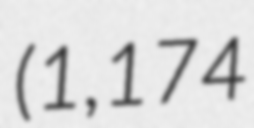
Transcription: (1,174